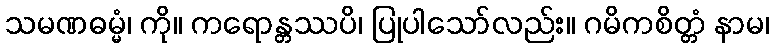
သမဏဓမ္မံ၊ ကို။ ကရောန္တဿပိ၊ ပြုပါသော်လည်း။ ဂမိကစိတ္တံ နာမ၊